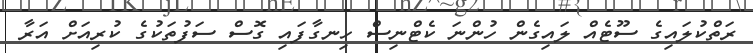
ރަތްކުލައިގެ ސޫޓެއް ލައިގެން ހުންނަ ކެޓްނިސް ހިނގާފައި ގޮސް ސަފުތަކުގެ ކުރިއަށް އަރާ